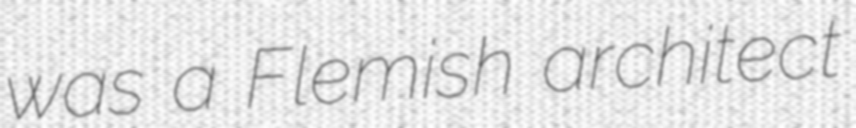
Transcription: was a Flemish architect